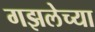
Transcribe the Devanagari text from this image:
गझलेच्या